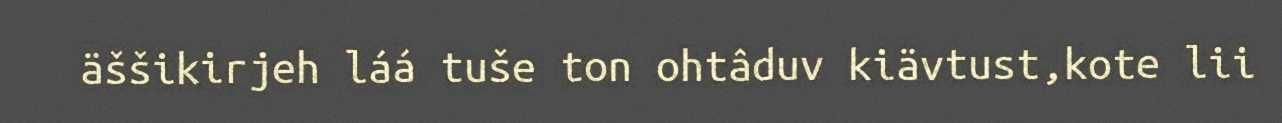
äššikirjeh láá tuše ton ohtâduv kiävtust,kote lii